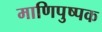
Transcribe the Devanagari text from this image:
माणिपुष्पक